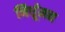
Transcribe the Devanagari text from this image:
निर्धूमन